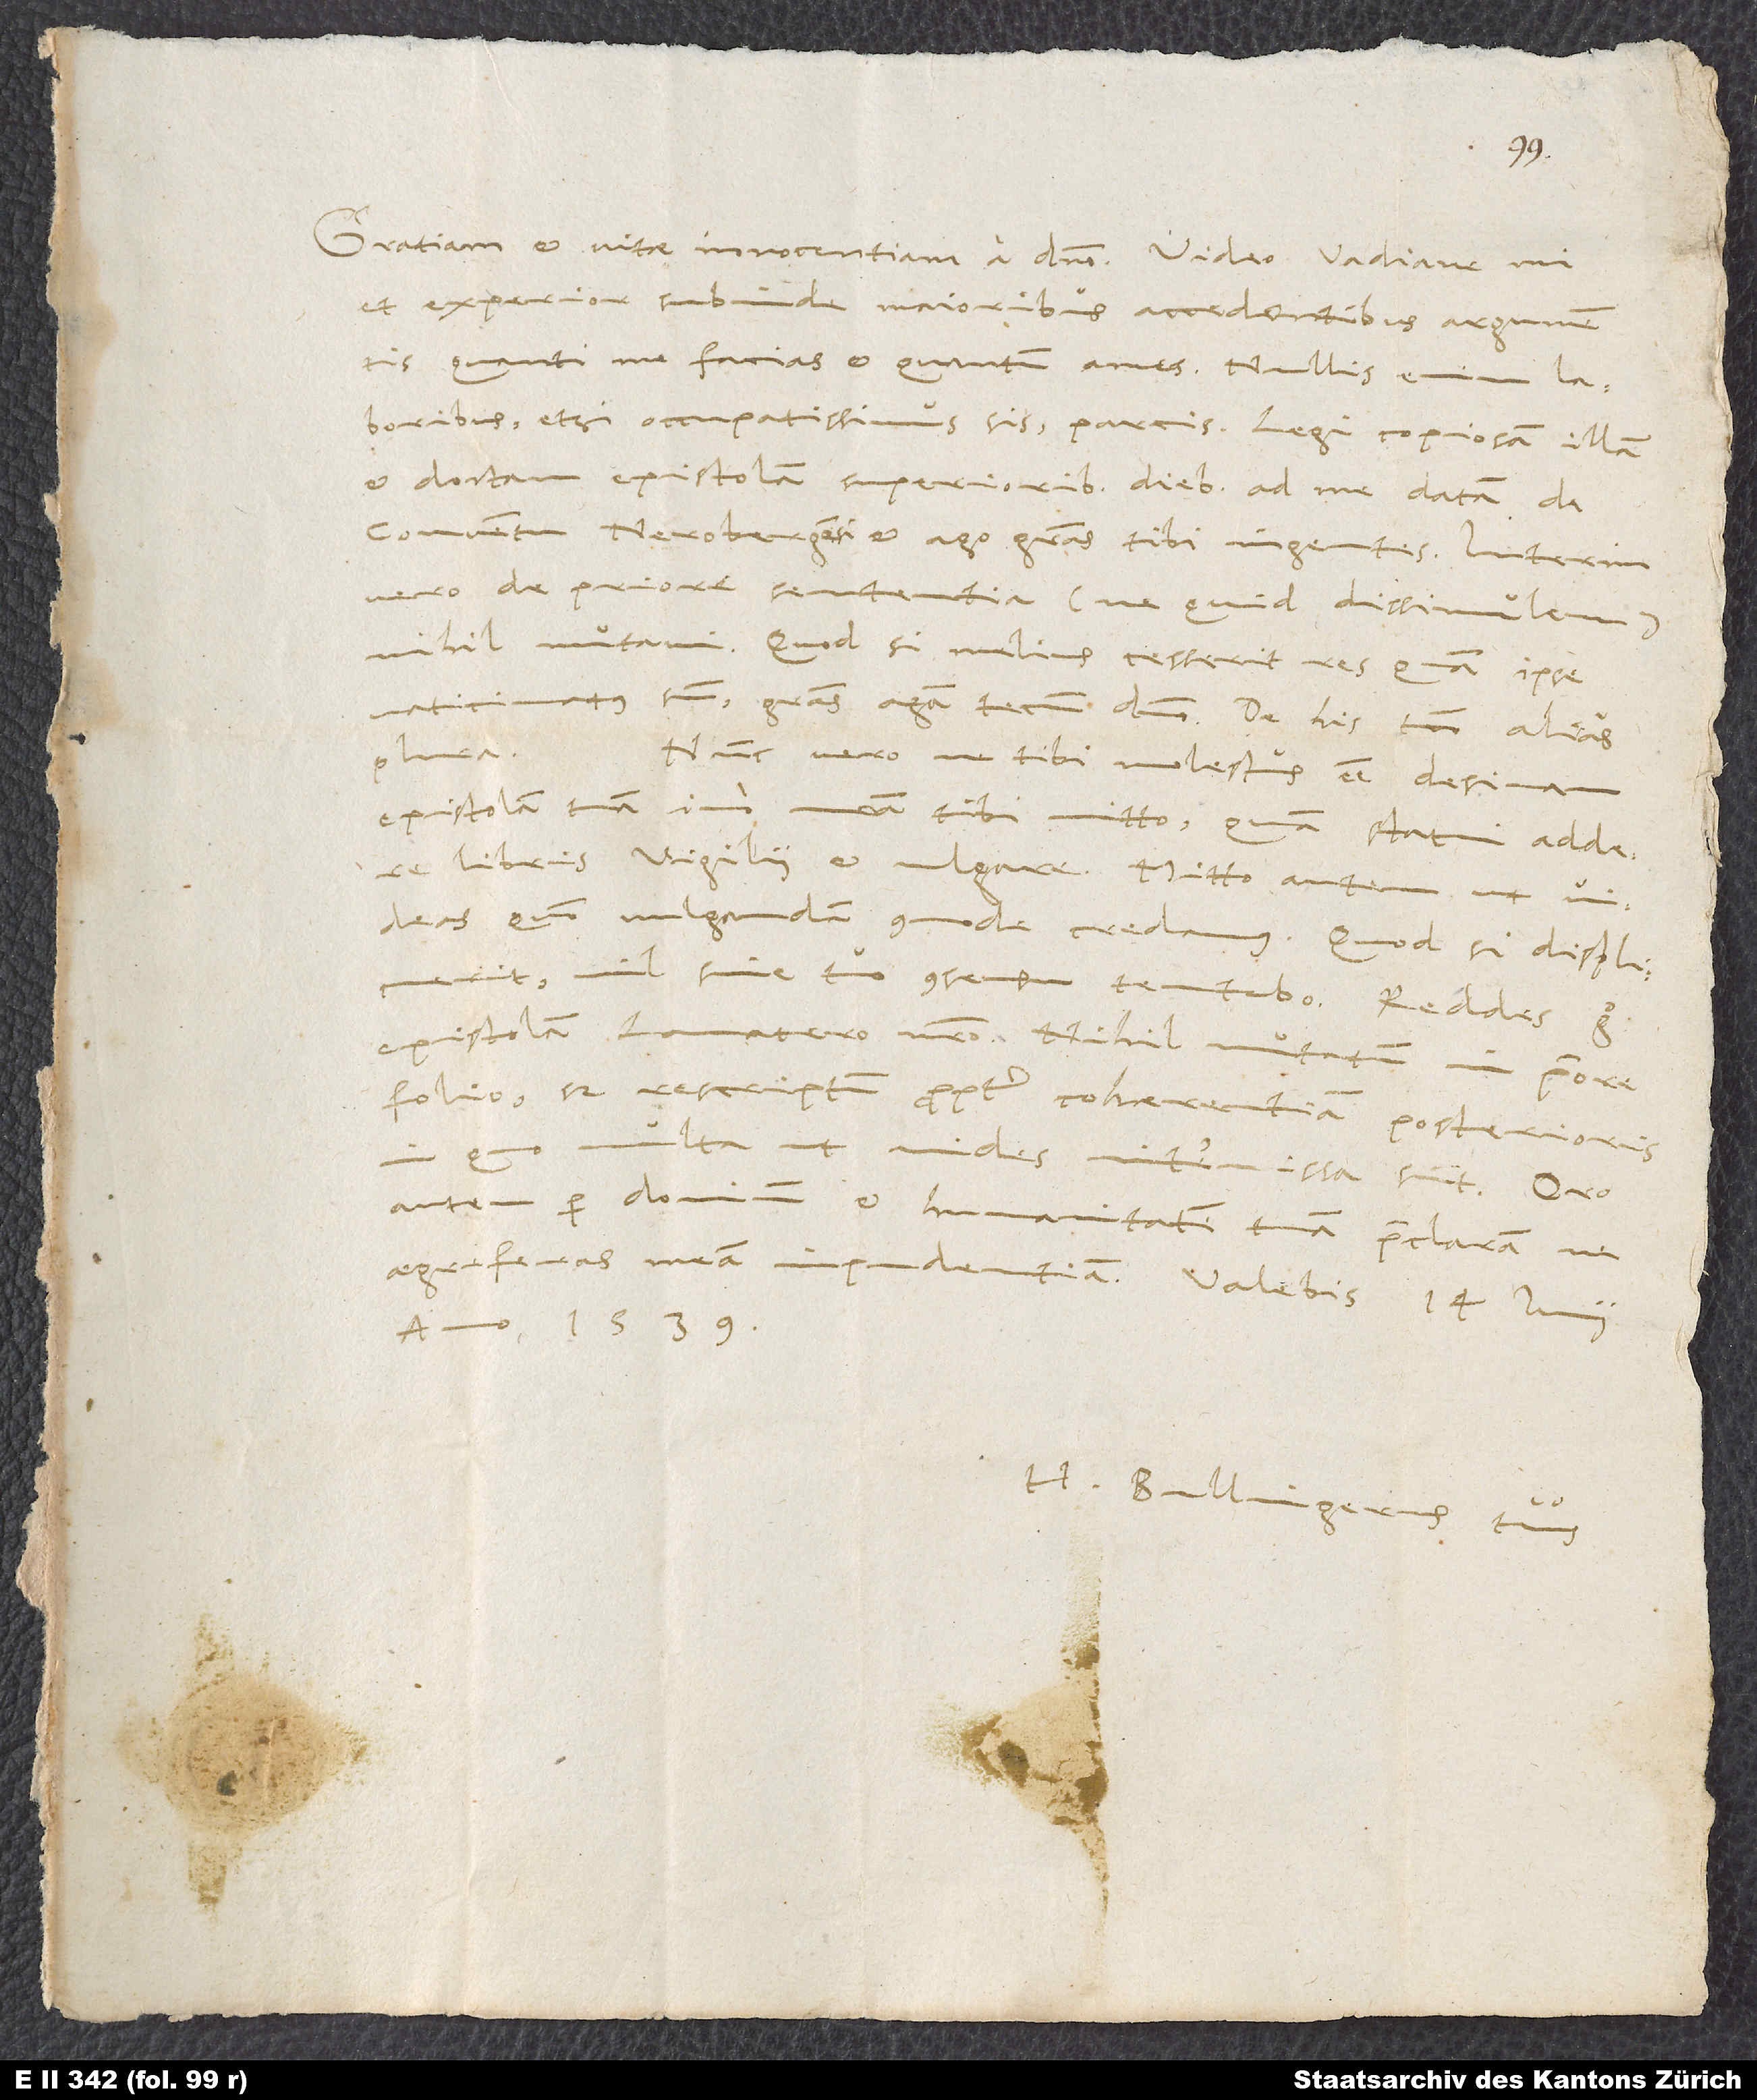
Gratiam et vitae innocentiam a domino. Video, Vadiane mi,
et experior subinde maioribus accedentibus argumentis,
quanti me facias et quantum ames; nullis enim laboribus,
etsi occupatissimus sis, parcis. Legi copiosam illam
et doctam epistolam, superioribus diebus ad me datam de
conventu Nerobergensi, et ago gratias tibi ingentes. Interim
vero de priore sententia (ne quid dissimulem)
nihil mutavi. Quodsi melius cesserit res, quam ipse
sum, gratias agam tecum domino. De his tamen alias
plura.
Nunc vero, ne tibi molestus esse desinam,
epistolam tuam, immo nostram, tibi mitto, quam statui addere
libris Vigilii et vulgare. Mitto autem, ut videas,
quomodo vulgandam commode credamus. Quod si displicuerit,
nil sine tuo consensu tentabo. Reddes ergo
epistolam Lavatero nostro. Nihil mutatum in priore
folio, sed rescriptum propter cohaerentiam posterioris,
in quo
multa, ut vides, intermissa sunt. Oro
autem per dominum et humanitatem tuam praeclaram, ne
aegre feras meam impudentiam. Valebis. 14. Iunii,
anno 1539.
Bullingerus tuus.